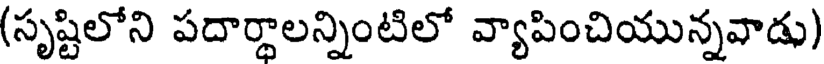
(సృష్టిలోని పదార్థాలన్నింటిలో వ్యాపించియున్నవాడు)